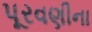
પૂરવણીના